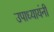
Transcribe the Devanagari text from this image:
उपाध्यायंनी